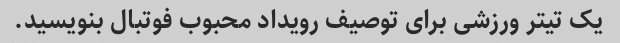
یک تیتر ورزشی برای توصیف رویداد محبوب فوتبال بنویسید.